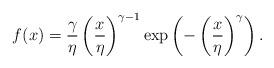
LaTeX: \begin{align*} f(x) = \frac{\gamma}{\eta} \left(\frac{x}{\eta}\right)^{\gamma-1} \exp\left(-\left(\frac{x}{\eta}\right)^{\gamma}\right).\end{align*}